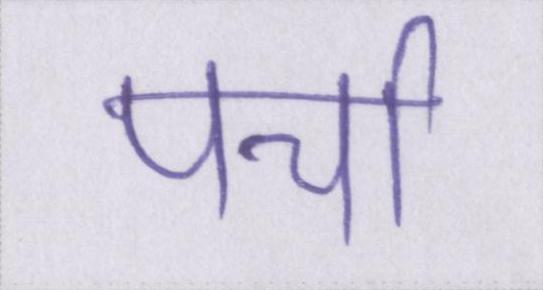
पर्चा